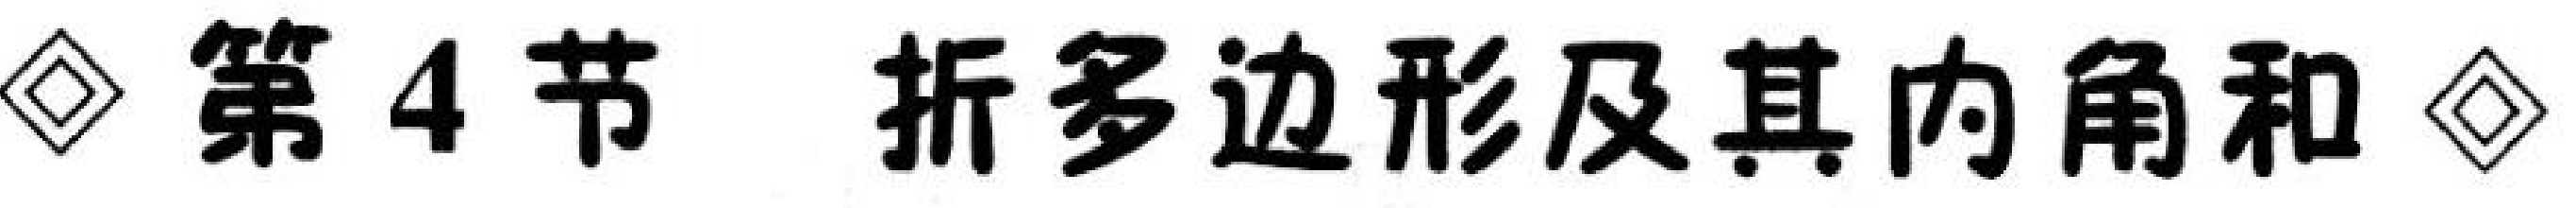
◇ 第4节  折多边形及其内角和 ◇